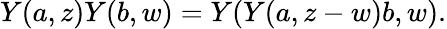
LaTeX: Y(a,z)Y(b,w)=Y(Y(a,z-w)b,w).